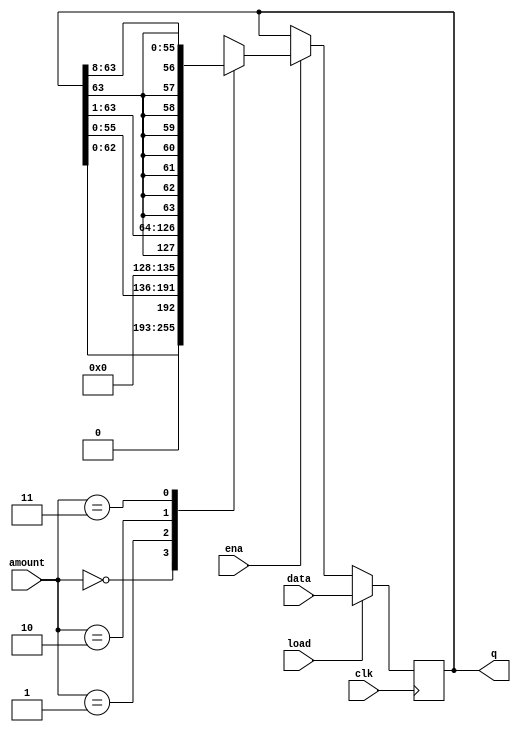
module top_module(
    input clk,
    input load,
    input ena,
    input [1:0] amount,
    input [63:0] data,
    output reg [63:0] q); 
    
    always @(posedge clk)
        begin
            if(load)
                q <= data;
            else if(ena)
                begin
                    case(amount)
                        2'd0 : q <= {q[62:0], {1{1'd0}}};
                        2'd1 : q <= {q[55:0], {8{1'd0}}};
                        2'd2 : q <= {q[63],q[63:1]};
                        2'd3 : q <= {{8{q[63]}},q[63:8]};
                    endcase
                end
        end
endmodule